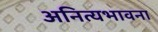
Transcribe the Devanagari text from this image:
अनित्यभावना